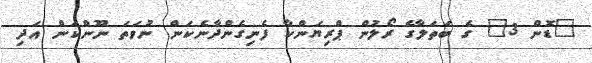
"ޑޮން 3" ގެ ބަތަލާގެ ރޯލުން ޕްރިޔަންކާ ފެނިގެންދާނެކަން ނުވަތަ ނޫންކަން އަދި